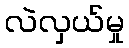
လဲလှယ်မှု